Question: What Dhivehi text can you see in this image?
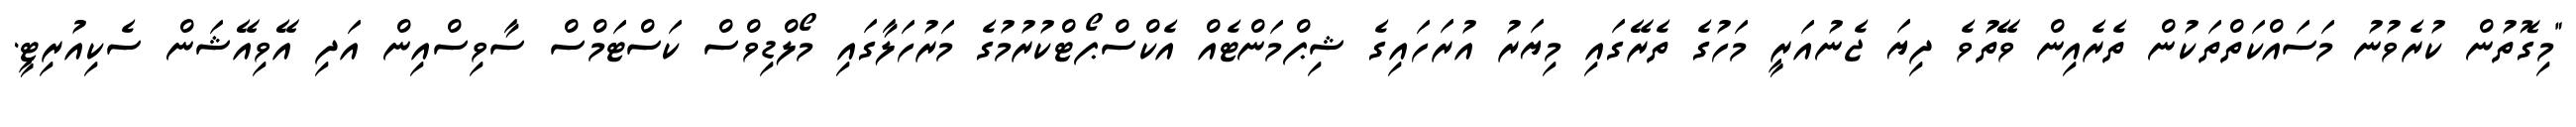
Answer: "މިގޮތުން ކުރެވުނު މަސައްކަތްތަކުން ތެރެއިން ވޭތުވެ ދިޔަ ޖެނުއަރީ މަހުގެ ތެރޭގައި މިޔަރު އުރަހައިގެ ޝިޕްމަންޓެއް އެކްސްޕޯޓްކުރުމުގެ މަރުހަލާގައި މޯލްޑިވްސް ކަސްޓަމްސް ސާވިސްއިން އަދި އޭވިއޭޝަން ސެކިއުރިޓީ.